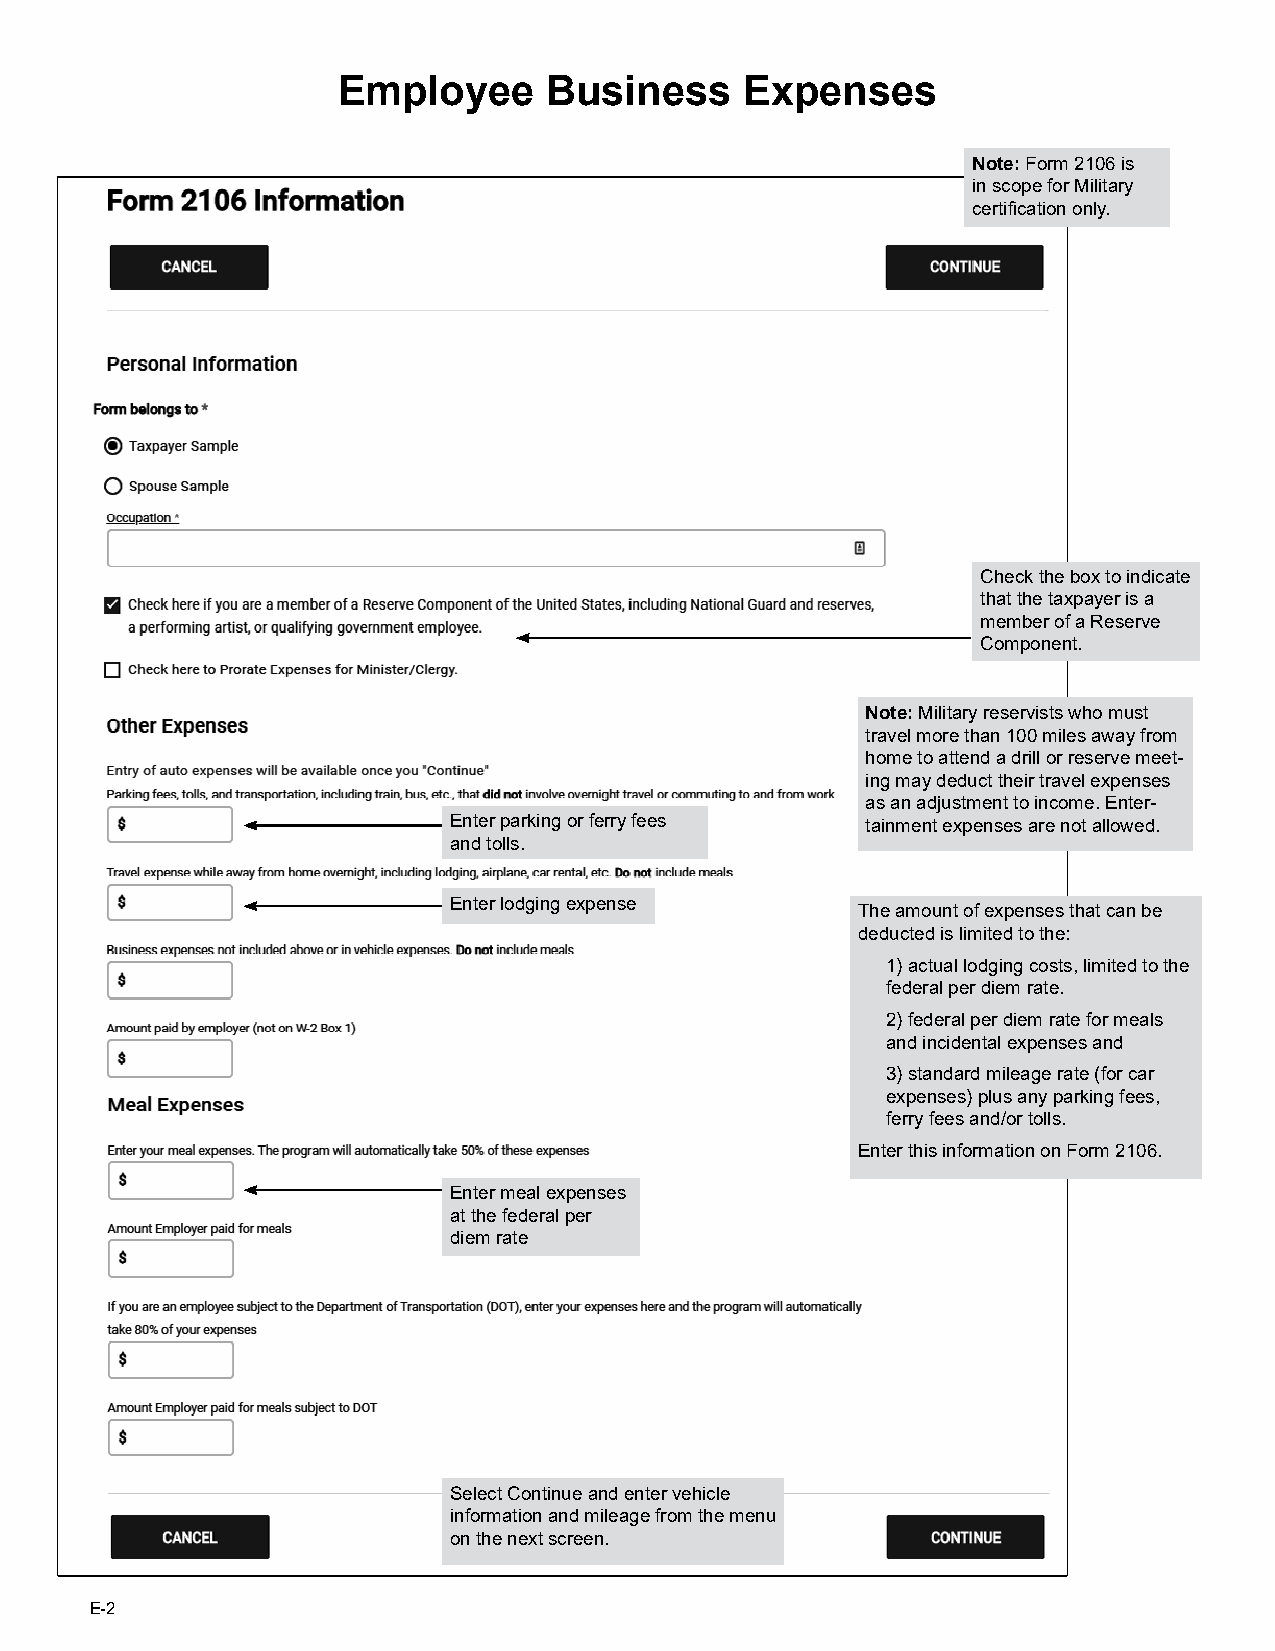
Employee      Business     Expenses
 Note: Form 2106 is
 in scope for Military
 certification only.
 Check the box to indicate
 that the taxpayer is a
 member of a Reserve
 Component.
 Note: Military reservists who must
 travel more than 100 miles away from
 home to attend a drill or reserve meet-
 ing may deduct their travel expenses
 as an adjustment to income. Enter-
 Enter parking or ferry fees tainment expenses are not allowed.
 and tolls.
 Enter lodging expense
 The amount of expenses that can be
 deducted is limited to the:
 1) actual lodging costs, limited to the
 federal per diem rate.
 2) federal per diem rate for meals
 and incidental expenses and
 3) standard mileage rate (for car
 expenses) plus any parking fees,
 ferry fees and/or tolls.
 Enter this information on Form 2106.
 Enter meal expenses
 at the federal per
 diem rate
 Select Continue and enter vehicle
 information and mileage from the menu
 on the next screen.
 E-2